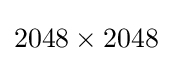
2048\times 2048